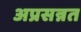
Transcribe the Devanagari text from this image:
अप्रसन्नत